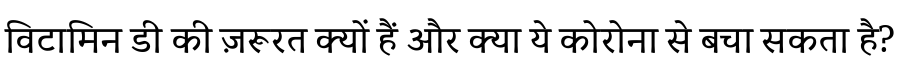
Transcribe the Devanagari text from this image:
विटामिन डी की ज़रूरत क्यों हैं और क्या ये कोरोना से बचा सकता है?